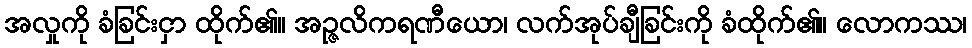
အလှုကို ခံခြင်းငှာ ထိုက်၏။ အဉ္ဇလိကရဏီယော၊ လက်အုပ်ချီခြင်းကို ခံထိုက်၏။ လောကဿ၊